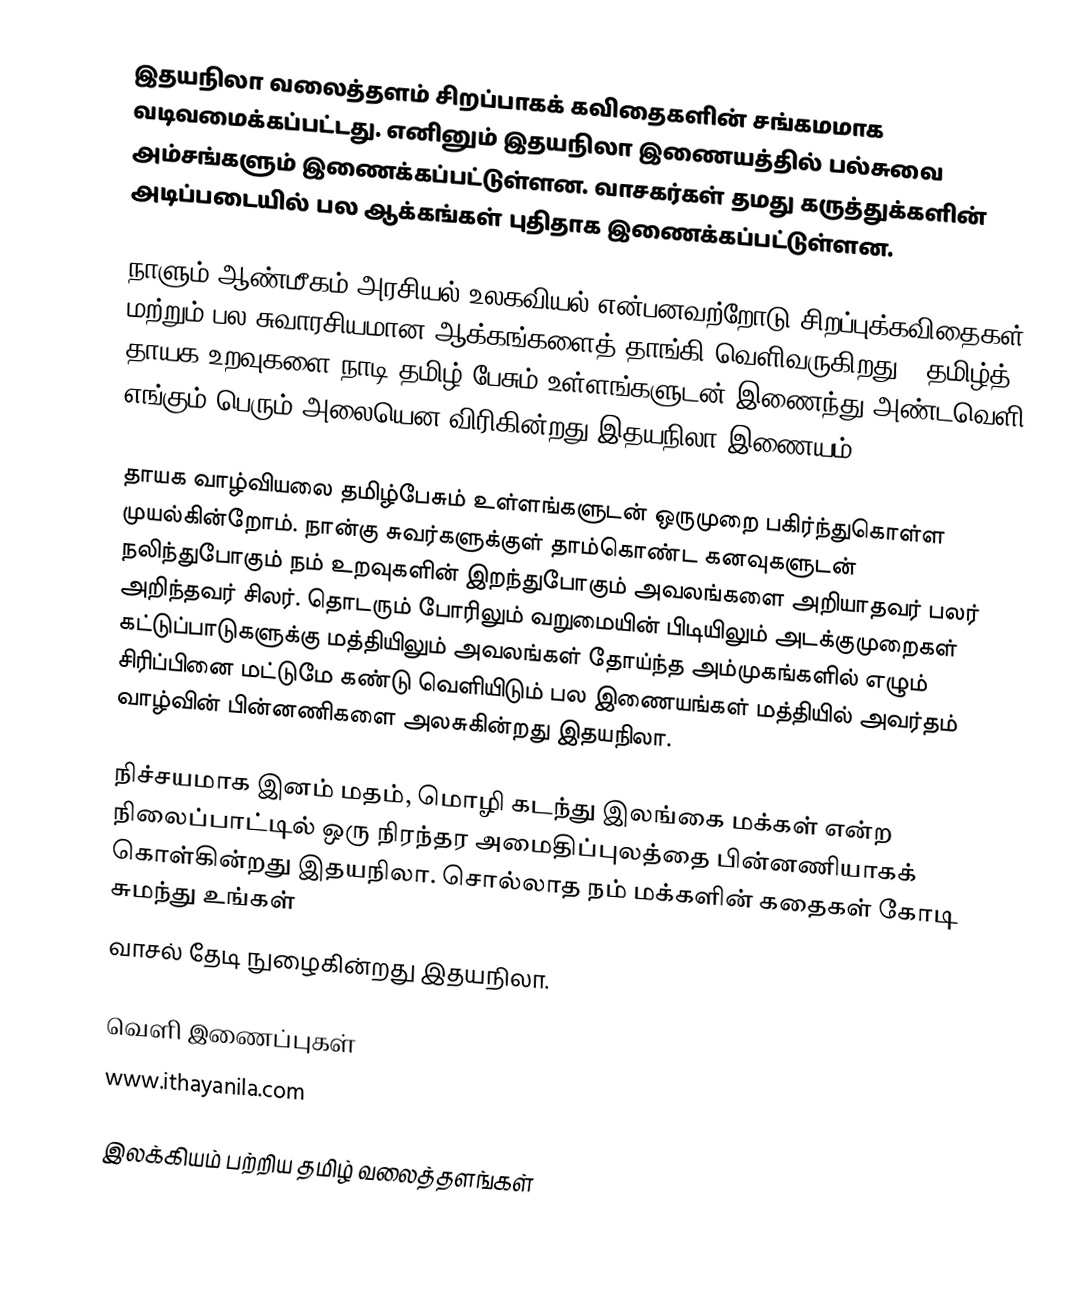
இதயநிலா வலைத்தளம்   சிறப்பாகக் கவிதைகளின் சங்கமமாக வடிவமைக்கப்பட்டது. எனினும் இதயநிலா இணையத்தில் பல்சுவை அம்சங்களும் இணைக்கப்பட்டுள்ளன.  வாசகர்கள் தமது கருத்துக்களின் அடிப்படையில் பல ஆக்கங்கள் புதிதாக இணைக்கப்பட்டுள்ளன.

நாளும் ஆண்மீகம் அரசியல் உலகவியல் என்பனவற்றோடு சிறப்புக்கவிதைகள் மற்றும் பல சுவாரசியமான ஆக்கங்களைத் தாங்கி வெளிவருகிறது.  "தமிழ்த் தாயக உறவுகளை நாடி தமிழ் பேசும் உள்ளங்களுடன் இணைந்து அண்டவெளி எங்கும் பெரும் அலையென விரிகின்றது இதயநிலா இணையம்."

தாயக வாழ்வியலை தமிழ்பேசும் உள்ளங்களுடன் ஒருமுறை பகிர்ந்துகொள்ள முயல்கின்றோம். நான்கு சுவர்களுக்குள் தாம்கொண்ட கனவுகளுடன் நலிந்துபோகும் நம் உறவுகளின் இறந்துபோகும் அவலங்களை அறியாதவர் பலர் அறிந்தவர் சிலர். தொடரும் போரிலும் வறுமையின் பிடியிலும் அடக்குமுறைகள் கட்டுப்பாடுகளுக்கு மத்தியிலும் அவலங்கள் தோய்ந்த அம்முகங்களில் எழும் சிரிப்பினை மட்டுமே கண்டு வெளியிடும் பல இணையங்கள் மத்தியில் அவர்தம் வாழ்வின் பின்னணிகளை அலசுகின்றது இதயநிலா.

நிச்சயமாக இனம் மதம், மொழி கடந்து இலங்கை மக்கள் என்ற நிலைப்பாட்டில் ஒரு நிரந்தர அமைதிப்புலத்தை பின்னணியாகக் கொள்கின்றது இதயநிலா. சொல்லாத நம் மக்களின் கதைகள் கோடி சுமந்து உங்கள்
வாசல் தேடி நுழைகின்றது இதயநிலா.

வெளி இணைப்புகள்
 www.ithayanila.com

இலக்கியம் பற்றிய தமிழ் வலைத்தளங்கள்